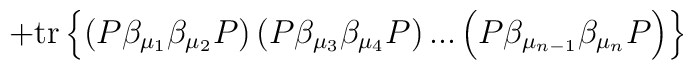
+\mbox{tr}\left\{ \left( P\beta _{\mu _1}\beta _{\mu _2}P\right)\left( P\beta _{\mu _3}\beta _{\mu _4}P\right) ...\left( P\beta_{\mu _{n-1}}\beta _{\mu _n}P\right) \right\}